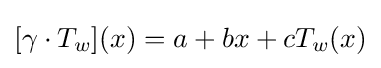
[\gamma \cdot T_{w}](x)=a+bx+cT_{w}(x)